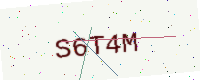
Text: S6T4M